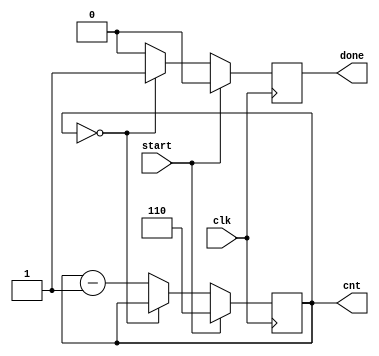
`timescale 1ns / 1ps

    // COA LAB TEST 2
    // Problem Number: 1
    // Semester Number: 5
    // Name: Nisarg Upadhyaya (19CS30031)

module counter(
    input start,
	input clk,
    output reg done,
    output reg [2:0] cnt
    );
	
	always @(posedge clk) begin
		if(start) begin // if start set done to 0 and counter to 6
			done <= 1'b0;
			cnt <= 3'b110;
		end else begin
			if(cnt == 3'b000) begin // if counter is 0, set done to 1 (6 cycles complete)
                done <= 1'b1;
            end else begin  // else decrement counter
                cnt <= cnt - 3'b001;
                done <= 1'b0;
            end
		end
	end


endmodule